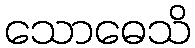
သောဓေသိ